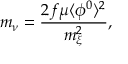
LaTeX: m _ { \nu } = { \frac { 2 f \mu \langle \phi ^ { 0 } \rangle ^ { 2 } } { m _ { \xi } ^ { 2 } } } ,